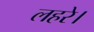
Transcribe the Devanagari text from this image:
लहरे।